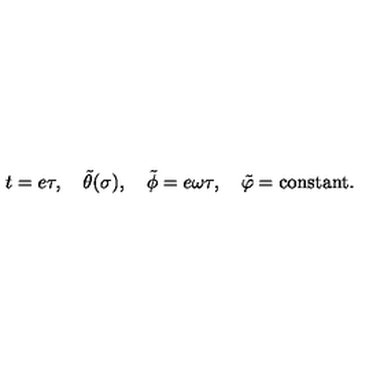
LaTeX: t = e \tau , \quad \tilde { \theta } ( \sigma ) , \quad \tilde { \phi } = e \omega \tau , \quad \tilde { \varphi } = \mathrm { c o n s t a n t } .